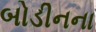
બોડીનના